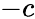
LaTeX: -c